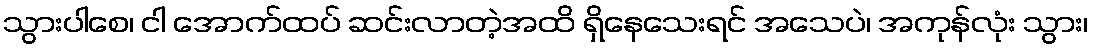
သွားပါစေ၊ ငါ အောက်ထပ် ဆင်းလာတဲ့အထိ ရှိနေသေးရင် အသေပဲ၊ အကုန်လုံး သွား၊